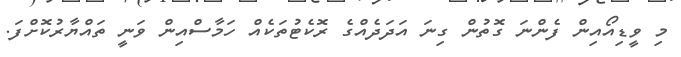
މި ވީޑިއޯއިން ފެންނަ ގޮތުން ގިނަ އަދަދެއްގެ ރޮކެޓުތަކެއް ހަމާސްއިން ވަނީ ތައްޔާރުކޮށްފަ.